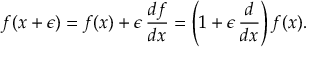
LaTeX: f ( x + \epsilon ) = f ( x ) + \epsilon \, { \frac { d f } { d x } } = \left( 1 + \epsilon \, { \frac { d } { d x } } \right) f ( x ) .